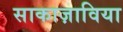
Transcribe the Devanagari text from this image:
साकाज़ाविया